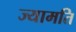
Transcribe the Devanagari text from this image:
ज्यामति